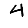
Digit: 4